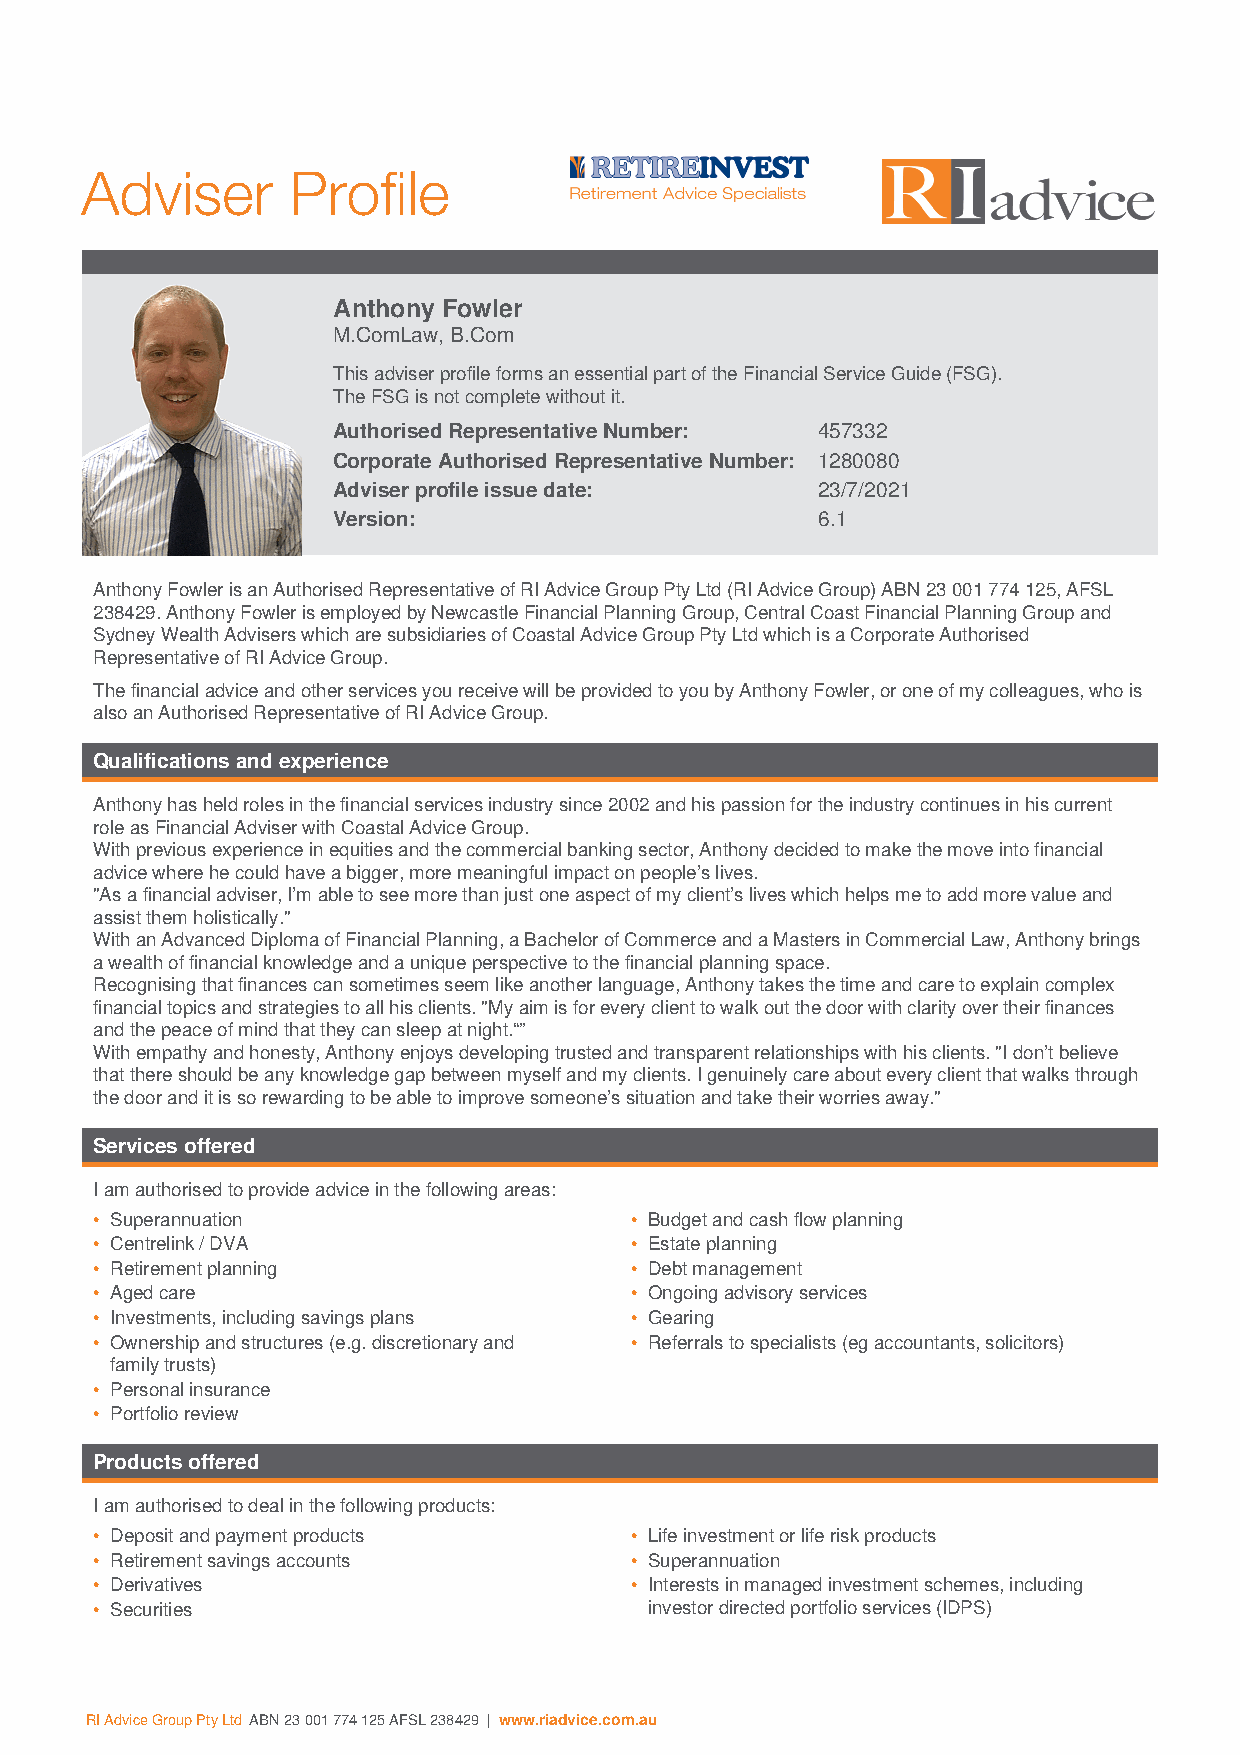
Adviser       Profile
 Anthony Fowler
 M.ComLaw, B.Com
 This adviser profile forms an essential part of the Financial Service Guide (FSG).
 The FSG is not complete without it.
 Authorised Representative Number: 457332
 Corporate Authorised Representative Number: 1280080
 Adviser profile issue date:     23/7/2021
 Version:                        6.1
 Anthony Fowler is an Authorised Representative of RI Advice Group Pty Ltd (RI Advice Group) ABN 23 001 774 125, AFSL
 238429. Anthony Fowler is employed by Newcastle Financial Planning Group, Central Coast Financial Planning Group and
 Sydney Wealth Advisers which are subsidiaries of Coastal Advice Group Pty Ltd which is a Corporate Authorised
 Representative of RI Advice Group.
 The financial advice and other services you receive will be provided to you by Anthony Fowler, or one of my colleagues, who is
 also an Authorised Representative of RI Advice Group.
 Qualifications and experience
 Anthony has held roles in the financial services industry since 2002 and his passion for the industry continues in his current
 role as Financial Adviser with Coastal Advice Group.
 With previous experience in equities and the commercial banking sector, Anthony decided to make the move into financial
 advice where he could have a bigger, more meaningful impact on people’s lives.
 "As a financial adviser, I’m able to see more than just one aspect of my client’s lives which helps me to add more value and
 assist them holistically."
 With an Advanced Diploma of Financial Planning, a Bachelor of Commerce and a Masters in Commercial Law, Anthony brings
 a wealth of financial knowledge and a unique perspective to the financial planning space.
 Recognising that finances can sometimes seem like another language, Anthony takes the time and care to explain complex
 financial topics and strategies to all his clients. "My aim is for every client to walk out the door with clarity over their finances
 and the peace of mind that they can sleep at night.“”
 With empathy and honesty, Anthony enjoys developing trusted and transparent relationships with his clients. "I don’t believe
 that there should be any knowledge gap between myself and my clients. I genuinely care about every client that walks through
 the door and it is so rewarding to be able to improve someone’s situation and take their worries away."
 Services offered
 I am authorised to provide advice in the following areas:
 • Superannuation                    • Budget and cash flow planning
 • Centrelink / DVA                  • Estate planning
 • Retirement planning               • Debt management
 • Aged care                         • Ongoing advisory services
 • Investments, including savings plans • Gearing
 • Ownership and structures (e.g. discretionary and • Referrals to specialists (eg accountants, solicitors)
 family trusts)
 • Personal insurance
 • Portfolio review
 Products offered
 I am authorised to deal in the following products:
 • Deposit and payment products      • Life investment or life risk products
 • Retirement savings accounts       • Superannuation
 • Derivatives                       • Interests in managed investment schemes, including
 • Securities                         investor directed portfolio services (IDPS)
 RI Advice Group Pty Ltd ABN 23 001 774 125 AFSL 238429 | www.riadvice.com.au